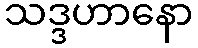
သဒ္ဒဟာနော